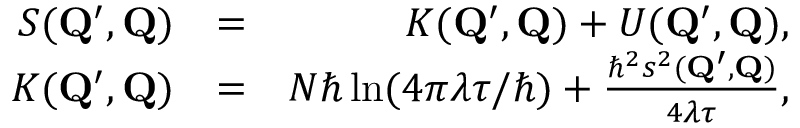
\begin{array} { r l r } { S ( \mathbf { Q } ^ { \prime } , \mathbf { Q } ) } & { = } & { K ( \mathbf { Q } ^ { \prime } , \mathbf { Q } ) + U ( \mathbf { Q } ^ { \prime } , \mathbf { Q } ) , } \\ { K ( \mathbf { Q } ^ { \prime } , \mathbf { Q } ) } & { = } & { N \hbar \ln ( 4 \pi \lambda \tau / \hbar ) + \frac { \hbar ^ { 2 } s ^ { 2 } ( \mathbf { Q } ^ { \prime } , \mathbf { Q } ) } { 4 \lambda \tau } , } \end{array}